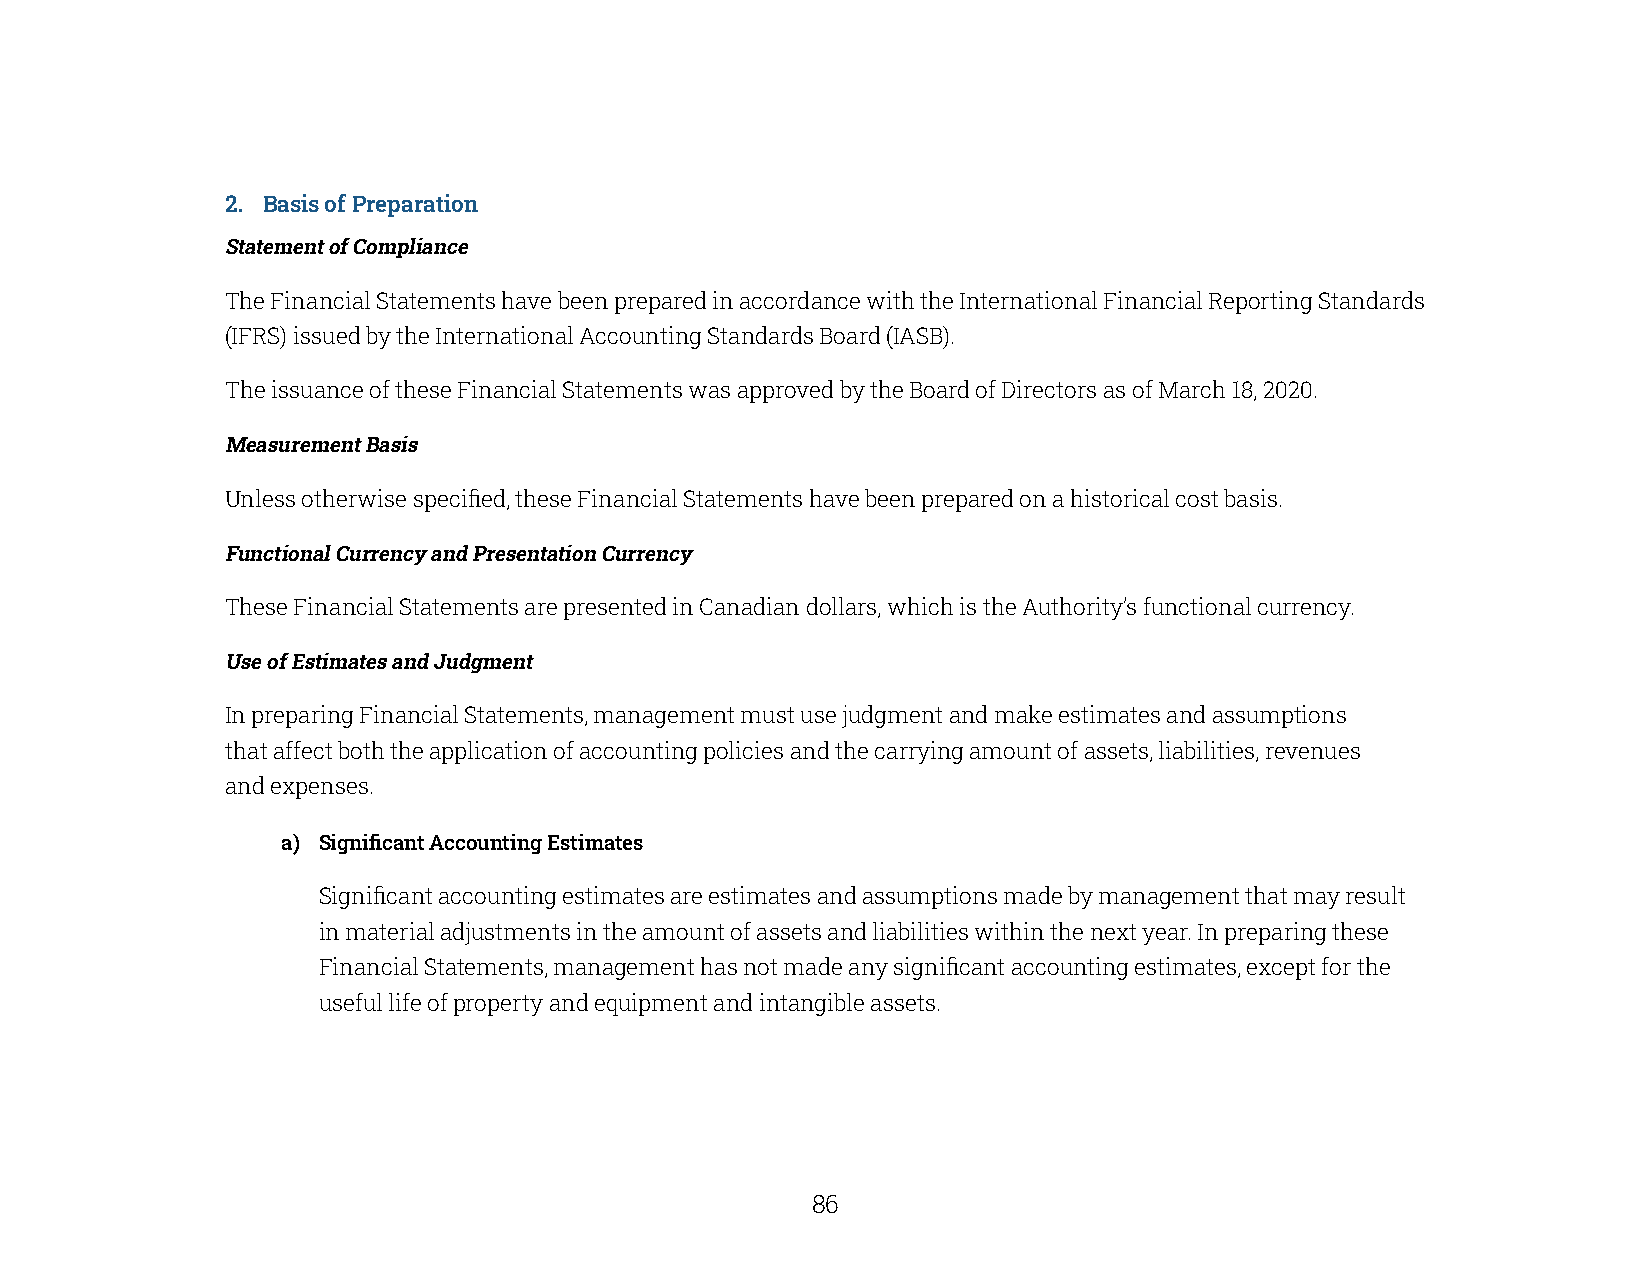
2. Basis of Preparation
 Statement of Compliance
 The Financial Statements have been prepared in accordance with the International Financial Reporting Standards
 (IFRS) issued by the International Accounting Standards Board (IASB).
 The issuance of these Financial Statements was approved by the Board of Directors as of March 18, 2020.
 Measurement Basis
 Unless otherwise specified, these Financial Statements have been prepared on a historical cost basis.
 Functional Currency and Presentation Currency
 These Financial Statements are presented in Canadian dollars, which is the Authority’s functional currency.
 Use of Estimates and Judgment
 In preparing Financial Statements, management must use judgment and make estimates and assumptions
 that affect both the application of accounting policies and the carrying amount of assets, liabilities, revenues
 and expenses.
 a) Significant Accounting Estimates
 Significant accounting estimates are estimates and assumptions made by management that may result
 in material adjustments in the amount of assets and liabilities within the next year. In preparing these
 Financial Statements, management has not made any significant accounting estimates, except for the
 useful life of property and equipment and intangible assets.
 86